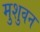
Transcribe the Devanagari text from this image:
मुशुवन